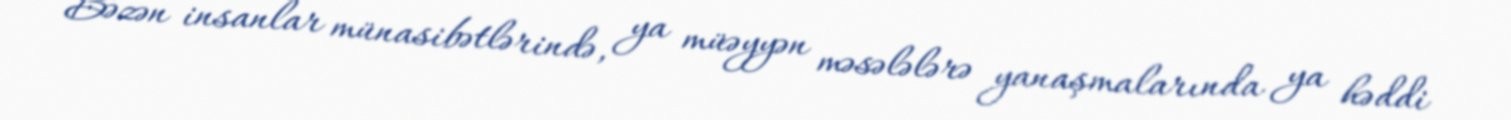
Bəzən insanlar münasibətlərində, ya müəyyən məsələlərə yanaşmalarında ya həddi